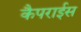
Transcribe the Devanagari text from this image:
कैपराईस